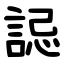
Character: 誋